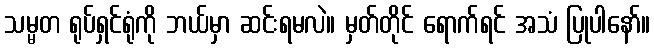
သမ္မတ ရုပ်ရှင်ရုံကို ဘယ်မှာ ဆင်းရမလဲ။ မှတ်တိုင် ရောက်ရင် အသံ ပြုပါနော်။